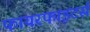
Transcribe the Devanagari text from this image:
फायरफाइटर्स